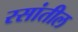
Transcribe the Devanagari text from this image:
रसांतील